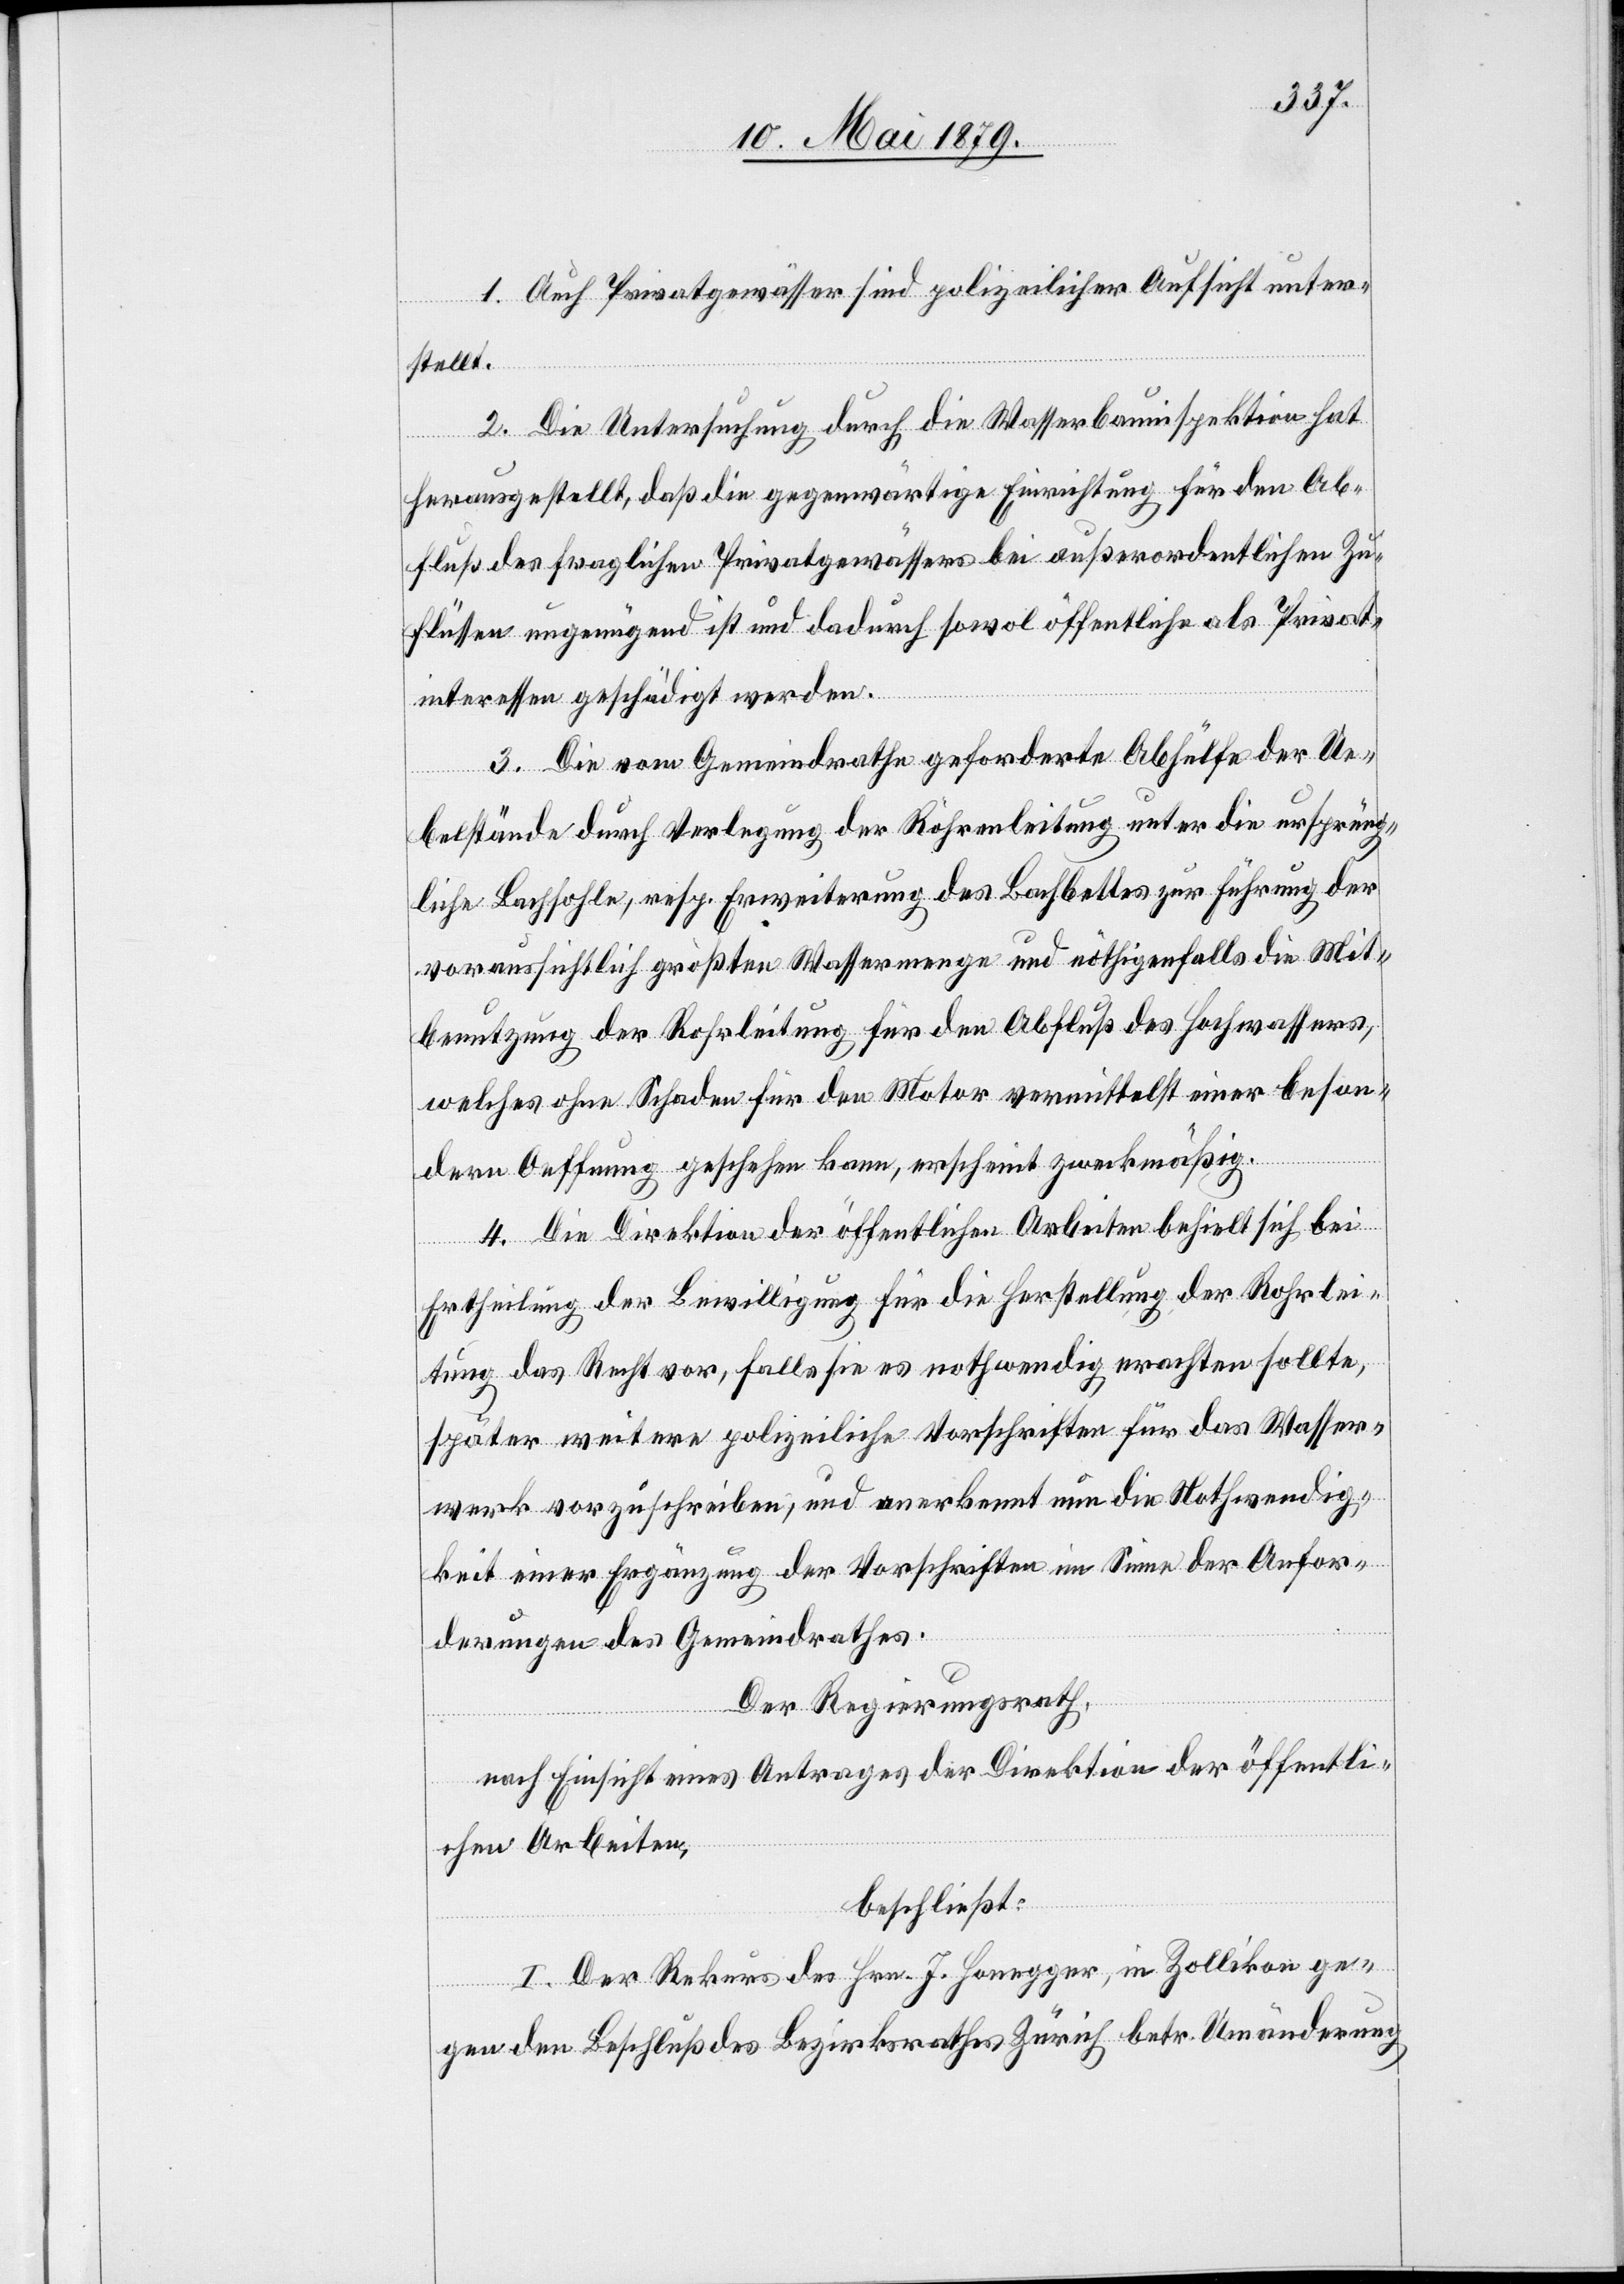
1. Auch Privatgewässer sind polizeilicher Aufsicht unter¬
stellt.
2. Die Untersuchung durch die Wasserbauinspektion hat
herausgestellt, daß die gegenwärtige Einrichtung für den Ab¬
fluß des fraglichen Privatgewässers bei außerordentlichen Zu¬
flüssen ungenügend ist und dadurch sowol öffentliche als Privat¬
interessen geschädigt werden.
3. Die vom Gemeindrathe geforderte Abhülfe der Ue¬
belstände durch Verlegung der Röhrenleitung unter die ursprüng¬
liche Bachsohle, resp. Erweiterung des Bachbettes zur Führung der
voraussichtlich größten Wassermenge und nöthigenfalls die Mit¬
benutzung der Rohrleitung für den Abfluß des Hochwassers,
welches ohne Schaden für den Motor vermittelst einer beson¬
dern Oeffnung geschehen kann, erscheint zweckmäßig.
4. Die Direktion der öffentlichen Arbeiten behielt sich bei
Ertheilung der Bewilligung für die Herstellung der Rohrlei¬
tung das Recht vor, falls sie es nothwendig erachten sollte,
später weitere polizeiliche Vorschriften für das Wasser¬
werk vorzuschreiben, und anerkennt nun die Nothwendig¬
keit einer Ergänzung der Vorschriften im Sinne der Anfor¬
derungen des Gemeindrathes.
Der Regierungsrath,
nach Einsicht eines Antrages der Direktion der öffentli¬
chen Arbeiten,
beschließt:
I. Der Rekurs des Hrn. J. Honegger, in Zollikon ge¬
gen den Beschluß des Bezirksrathes Zürich betr. Umänderung